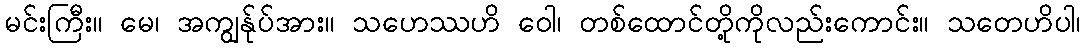
မင်းကြီး။ မေ၊ အကျွန်ုပ်အား။ သဟေဿဟိ ဝေါ၊ တစ်ထောင်တို့ကိုလည်းကောင်း။ သတေဟိပါ၊